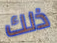
ذلك